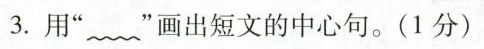
3.用”﹏”画出短文的中心句。(1分)